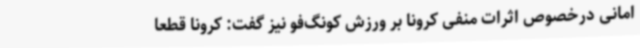
امانی درخصوص اثرات منفی کرونا بر ورزش کونگ‌فو نیز گفت: کرونا قطعا